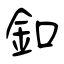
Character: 釦